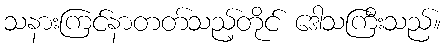
သနားကြင်နာတတ်သည့်တိုင် ဒေါသကြီးသည်။